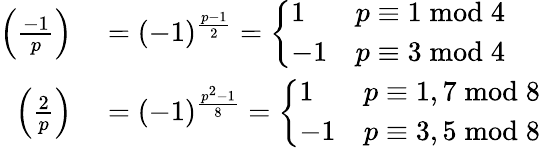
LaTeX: \begin{array}{rl}{\left({\frac{-1}{p}}\right)}&{{}=(-1)^{\frac{p-1}{2}}={\left\{ \begin{array}{ll}{1}&{p\equiv 1{\bmod{4}}}\\ {-1}&{p\equiv 3{\bmod{4}}}\end{array}\right.}}\\ {\left({\frac{2}{p}}\right)}&{{}=(-1)^{\frac{p^{2}-1}{8}}={\left\{ \begin{array}{ll}{1}&{p\equiv 1,7{\bmod{8}}}\\ {-1}&{p\equiv 3,5{\bmod{8}}}\end{array}\right.}}\end{array}